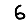
Digit: 6